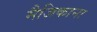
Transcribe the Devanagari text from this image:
मैजिकाना